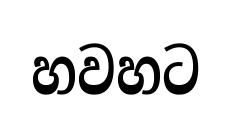
හවහට